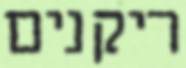
ריקנים